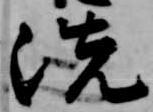
洗